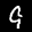
Label: 9